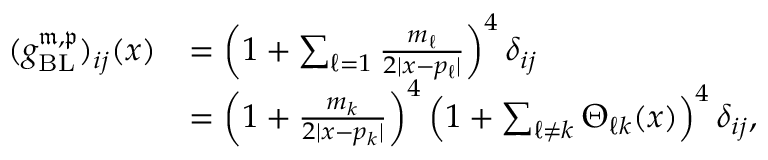
\begin{array} { r l } { ( g _ { \mathrm { B L } } ^ { \mathfrak m , \mathfrak p } ) _ { i j } ( x ) } & { = \left( 1 + \sum _ { \ell = 1 } \frac { m _ { \ell } } { 2 | x - p _ { \ell } | } \right) ^ { 4 } \delta _ { i j } } \\ & { = \left( 1 + { \frac { m _ { k } } { 2 | x - p _ { k } | } } \right) ^ { 4 } \left( 1 + \sum _ { \ell \ne k } \Theta _ { \ell k } ( x ) \right) ^ { 4 } \delta _ { i j } , } \end{array}